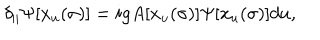
LaTeX: \delta _ { \parallel } \Psi [ x _ { u } ( \sigma ) ] = i g A [ x _ { u } ( \sigma ) ] \Psi [ x _ { u } ( \sigma ) ] d u ,